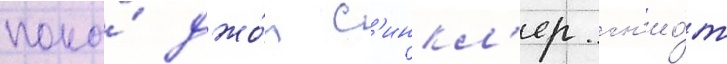
пока́ джо́н с'инкл'ер гн'ио́т